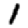
Digit: 1